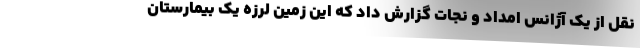
نقل از یک آژانس امداد و نجات گزارش داد که این زمین لرزه یک بیمارستان